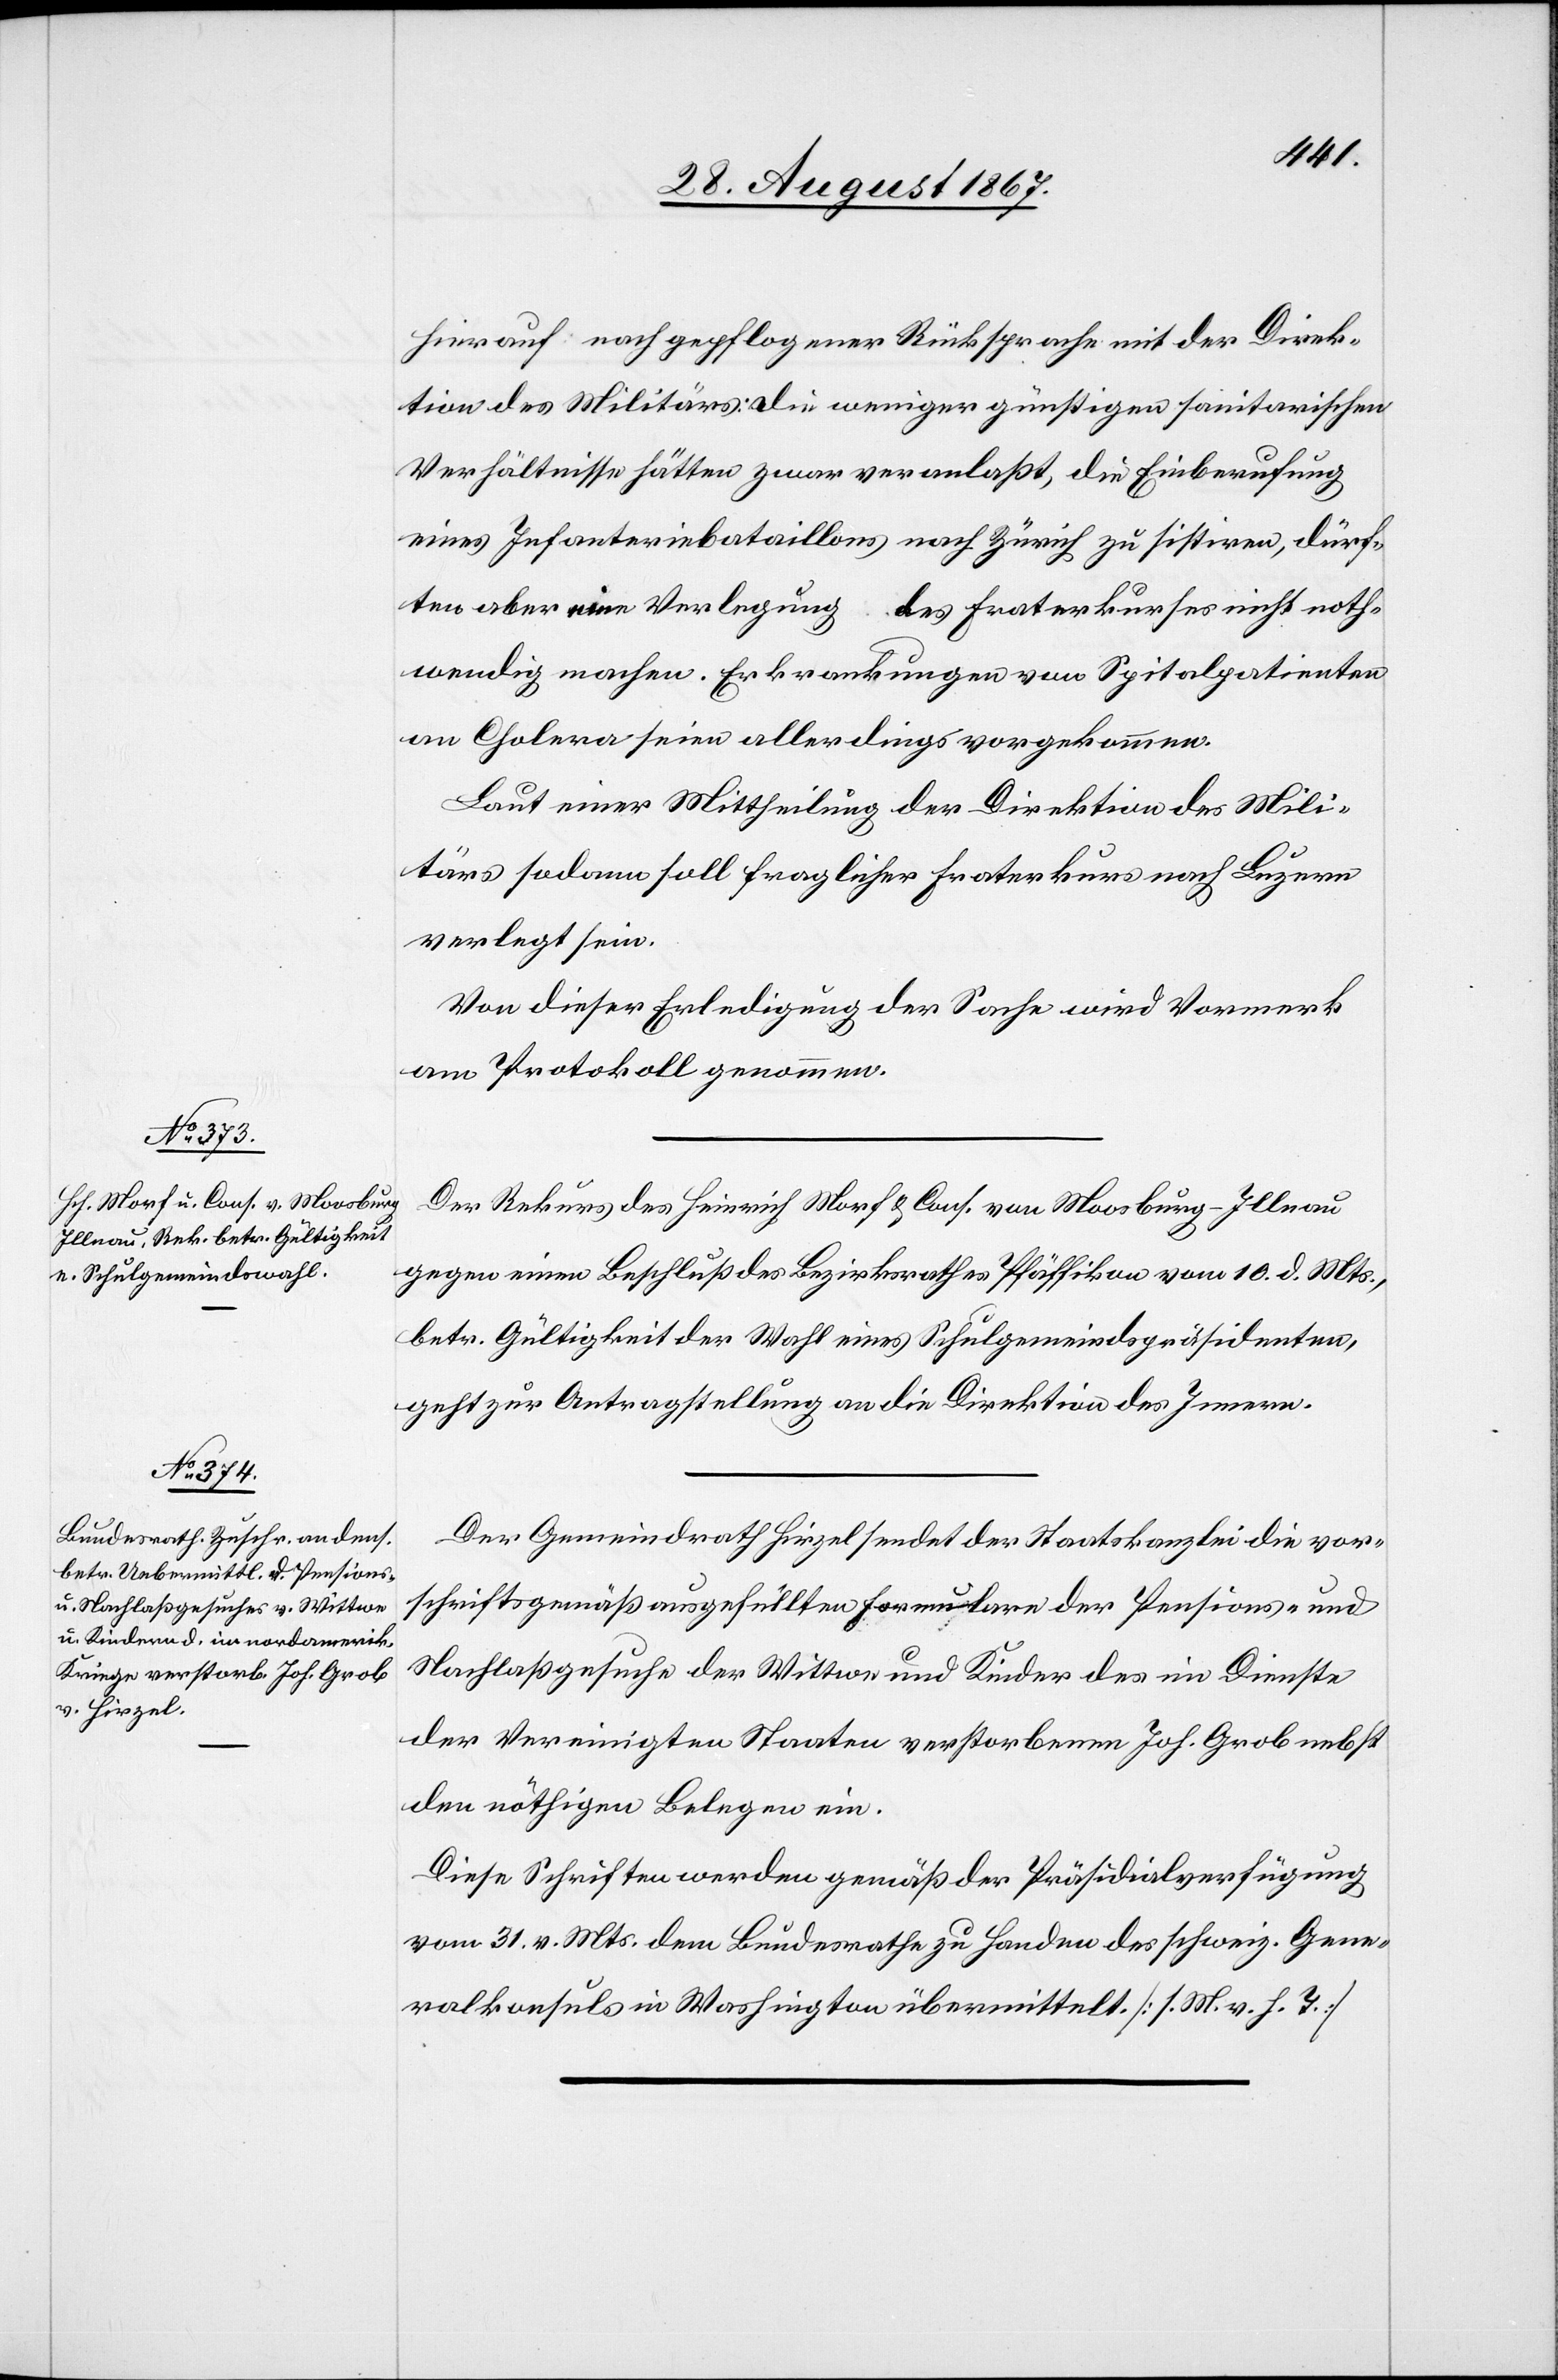
30. August 1867.]
hierauf, nach gepflogener Rücksprache mit der Direk¬
tion des Militärs: die weniger günstigen sanitarischen
Verhältnisse hätten zwar veranlaßt, die Einberufung
eine Infanteriebataillons nach Zürich zu sistiren, dürf¬
ten aber eine Verlegung
des Fraterkurses nicht noth¬
wendig machen. Erkrankungen von Spitalpatienten
an Cholera seien allerdings vorgekommen.
Laut einer Mittheilung der Direktion des Mili¬
tärs sodann soll fraglicher Fraterkurs nach Luzern
verlegt sein.
Von dieser Erledigung der Sache wird Vormerk
am Protokoll genommen.
Der Rekurs des Heinrich Morf u. Cons. von Moosburg-Illnau
gegen einen Beschluß des Bezirksrathes Pfäffikon vom 10. d. Mts.,
betr. Gültigkeit der Wahl eines Schulgemeindspräsidenten,
geht zur Antragstellung an die Direktion des Innern.
Der Gemeindrath Hirzel sendet der Staatskanzlei die vor¬
schriftsgemäß ausgefüllten Formulare der Pensions- und
Nachlaßgesuche der Wittwe und Kinder des im Dienste
der Vereinigten Staaten verstorbenen Joh. Grob nebst
den nöthigen Belegen ein.
Diese Schriften werden gemäß der Präsidialverfügung
vom 31. v. Mts. dem Bundesrathe zu Handen des schweiz. Gene¬
ralkonsuls in Washington übermittelt. [l. M. v. h. T.]